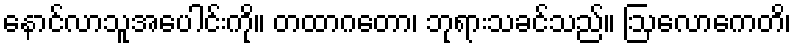
နောင်လာသူအပေါင်းကို။ တထာဂတော၊ ဘုရားသခင်သည်။ ဩလောကေတိ၊